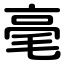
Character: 毫